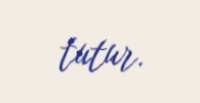
tutur.